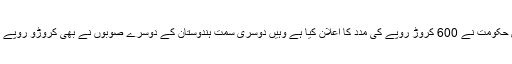
جہاں ایک سمت مرکزی حکومت نے 600 کروڑ روپے کی مدد کا اعلان کیا ہے وہیں دوسری سمت ہندوستان کے دوسرے صوبوں نے بھی کروڑو روپے کی مدد کا اعلان کیا ہے۔